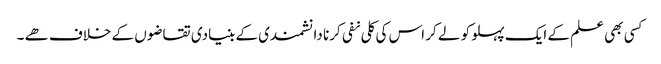
کسی بھی علم کے ایک پہلو کو لے کر اس کی کلی نفی کرنا دانشمندی کے بنیادی تقاضوں کے خلاف ھے ۔